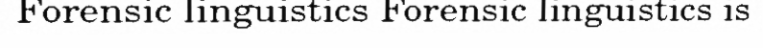
Forensic linguistics Forensic linguistics is